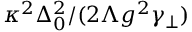
\kappa ^ { 2 } \Delta _ { 0 } ^ { 2 } / ( 2 \Lambda g ^ { 2 } \gamma _ { \perp } )